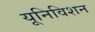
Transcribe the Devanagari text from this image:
यूनिविशन